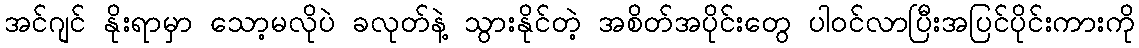
အင်ဂျင် နိုးရာမှာ သော့မလိုပဲ ခလုတ်နဲ့ သွားနိုင်တဲ့ အစိတ်အပိုင်းတွေ ပါဝင်လာပြီးအပြင်ပိုင်းကားကို